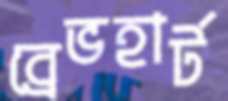
ব্রেভহার্ট